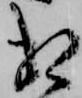
相